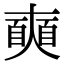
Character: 𡚐